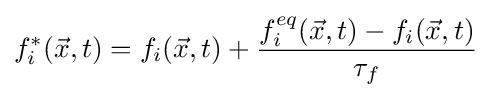
f_{i}^{\ast }({\vec {x}},t)=f_{i}({\vec {x}},t)+{\frac {f_{i}^{eq}({\vec {x}},t)-f_{i}({\vec {x}},t)}{\tau _{f}}}\,\!